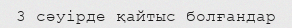
3 сәуірде қайтыс болғандар